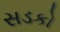
સડકો